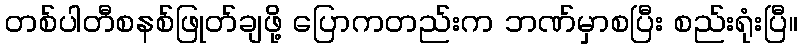
တစ်ပါတီစနစ်ဖြုတ်ချဖို့ ပြောကတည်းက ဘဏ်မှာစပြီး စည်းရုံးပြီ။